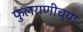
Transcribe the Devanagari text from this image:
फुलराणीच्या